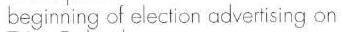
beginning of election adverising on